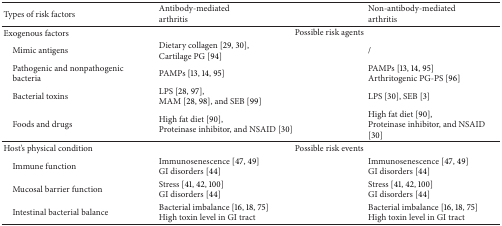
<table><thead><tr><td><b>Types of risk factors</b></td><td><b>Antibody-mediated arthritis</b></td><td><b>Non-antibody-mediated arthritis</b></td></tr></thead><tbody><tr><td>Exogenous factors</td><td colspan="2">Possible risk agents</td></tr><tr><td> Mimic antigens</td><td>Dietary collagen [29, 30], Cartilage PG [94]</td><td>/</td></tr><tr><td> Pathogenic and nonpathogenicbacteria</td><td>PAMPs [13, 14, 95]</td><td>PAMPs [13, 14, 95] Arthritogenic PG-PS [96]</td></tr><tr><td> Bacterial toxins</td><td>LPS [28, 97], MAM [28, 98], and SEB [99]</td><td>LPS [30], SEB [3]</td></tr><tr><td> Foods and drugs</td><td>High fat diet [90],Proteinase inhibitor, and NSAID [30]</td><td>High fat diet [90],Proteinase inhibitor, and NSAID [30]</td></tr><tr><td>Host&#x27;s physical condition</td><td colspan="2">Possible risk events</td></tr><tr><td> Immune function</td><td>Immunosenescence [47, 49]GI disorders [44]</td><td>Immunosenescence [47, 49]GI disorders [44]</td></tr><tr><td> Mucosal barrier function</td><td>Stress [41, 42, 100]GI disorders [44]</td><td>Stress [41, 42, 100]GI disorders [44]</td></tr><tr><td> Intestinal bacterial balance</td><td>Bacterial imbalance [16, 18, 75]High toxin level in GI tract</td><td>Bacterial imbalance [16, 18, 75]High toxin level in GI tract</td></tr></tbody></table>